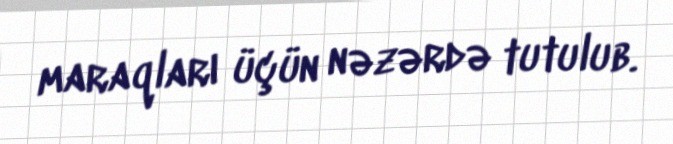
maraqları üçün nəzərdə tutulub.